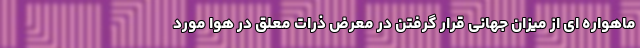
ماهواره ای از میزان جهانی قرار گرفتن در معرض ذرات معلق در هوا مورد